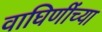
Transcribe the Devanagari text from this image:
वाघिणींच्या